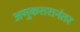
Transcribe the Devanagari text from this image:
अणुकरारानंतर